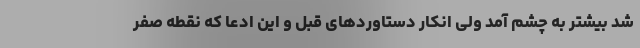
شد بیشتر به چشم آمد ولی انکار دستاوردهای قبل و این ادعا که نقطه صفر